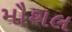
મૌશલ